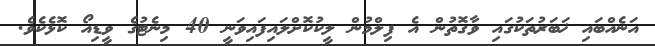
އަނެއްބައި ޚަބަރުތަކުގައި ވާގޮތުން އެ ފިލްމުން ލީކުކޮށްލައިފައިވަނީ 40 މިނެޓުގެ ވީޑިއޯ ކޮޅެކެވެ.